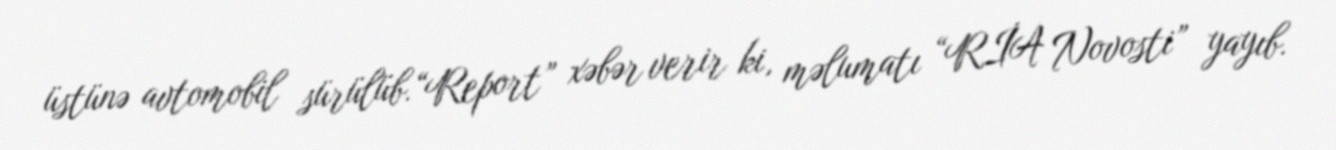
üstünə avtomobil sürülüb.“Report” xəbər verir ki, məlumatı “RİA Novosti” yayıb.